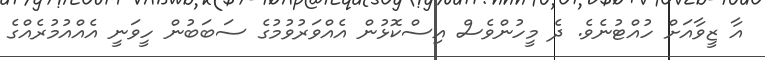
އާ ޒީވާއަށް ހުއްޓުނެވެ. ދެ މީހުންވެސް އިސްކޮޅުން އެއްވަރުވުމުގެ ސަބަބުން ހީވަނީ އެއްއުމުރެއްގެ